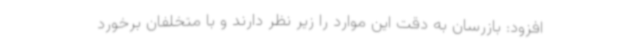
افزود: بازرسان به دقت این موارد را زیر نظر دارند و با متخلفان برخورد